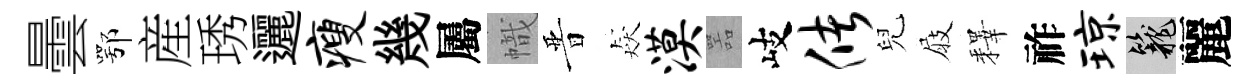
曇鄂産琇邐瘦幾屬幟晋猋漠噐岐储兒屐釋祚琼籠麗